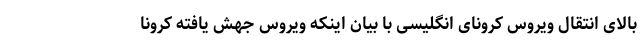
بالای انتقال ویروس کرونای انگلیسی با بیان اینکه ویروس جهش یافته کرونا